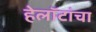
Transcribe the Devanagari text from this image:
हेलॉटांचा